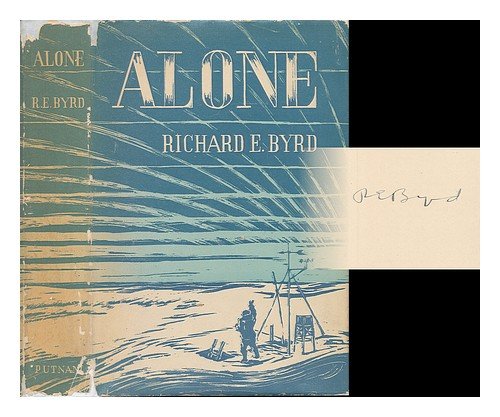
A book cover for Alone; Richard E. Byrd; History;